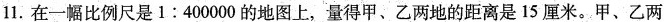
11.在一幅比例尺是1:400000的地图上，量得甲、乙两地的距离是15厘米。甲、乙两